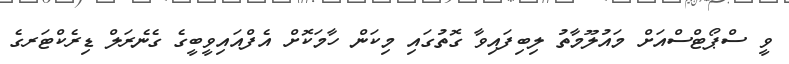
ވީ ސްޕޯޓްސްއަށް މައުލޫމާތު ލިބިފައިވާ ގޮތުގައި މިކަން ހާމަކޮށް އެފްއައިވީބީގެ ގެނެރަލް ޑިރެކްޓަރގެ